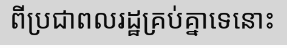
ពីប្រជាពលរដ្ឋគ្រប់គ្នាទេនោះ